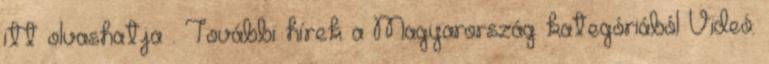
itt olvashatja . További hírek a Magyarország kategóriából Videó: